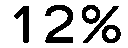
12%